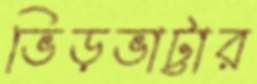
ভিড়ভাট্টার